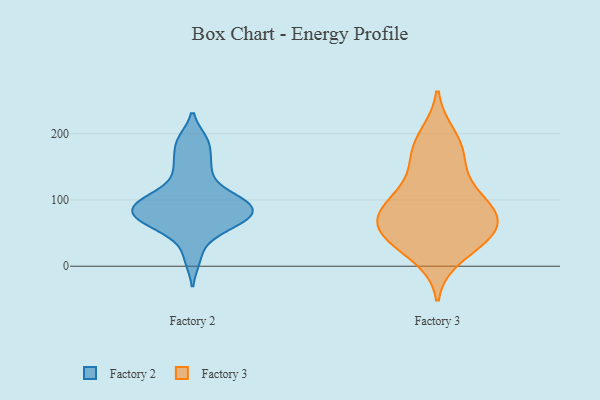
{"axis": {"x": "Tickets Resolved", "y": "Value"}, "legend": ["Factory 2", "Factory 3"], "data": [{"x": "", "y": 96, "type": "Factory 2"}, {"x": "", "y": 67, "type": "Factory 2"}, {"x": "", "y": 152, "type": "Factory 2"}, {"x": "", "y": 186, "type": "Factory 2"}, {"x": "", "y": 58, "type": "Factory 2"}, {"x": "", "y": 103, "type": "Factory 2"}, {"x": "", "y": 87, "type": "Factory 2"}, {"x": "", "y": 148, "type": "Factory 2"}, {"x": "", "y": 54, "type": "Factory 2"}, {"x": "", "y": 114, "type": "Factory 2"}, {"x": "", "y": 12, "type": "Factory 2"}, {"x": "", "y": 102, "type": "Factory 2"}, {"x": "", "y": 79, "type": "Factory 2"}, {"x": "", "y": 80, "type": "Factory 2"}, {"x": "", "y": 83, "type": "Factory 2"}, {"x": "", "y": 189, "type": "Factory 2"}, {"x": "", "y": 78, "type": "Factory 2"}, {"x": "", "y": 82, "type": "Factory 3"}, {"x": "", "y": 108, "type": "Factory 3"}, {"x": "", "y": 44, "type": "Factory 3"}, {"x": "", "y": 69, "type": "Factory 3"}, {"x": "", "y": 196, "type": "Factory 3"}, {"x": "", "y": 50, "type": "Factory 3"}, {"x": "", "y": 89, "type": "Factory 3"}, {"x": "", "y": 73, "type": "Factory 3"}, {"x": "", "y": 16, "type": "Factory 3"}, {"x": "", "y": 140, "type": "Factory 3"}, {"x": "", "y": 40, "type": "Factory 3"}, {"x": "", "y": 167, "type": "Factory 3"}, {"x": "", "y": 49, "type": "Factory 3"}, {"x": "", "y": 180, "type": "Factory 3"}, {"x": "", "y": 94, "type": "Factory 3"}]}